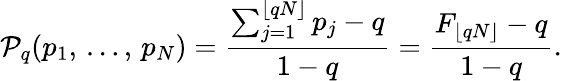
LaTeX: \mathcal{P}_{q}(p_{1},\, \dots,\, p_{N})=\frac{\sum_{j=1}^{\lfloor qN\rfloor}p_{j}-q}{1-q}=\frac{F_{\lfloor qN\rfloor}-q}{1-q}.